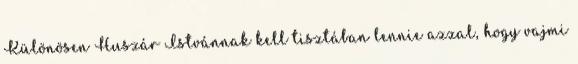
Különösen Huszár Istvánnak kell tisztában lennie azzal, hogy vajmi